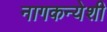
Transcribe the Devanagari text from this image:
नागकन्येशी